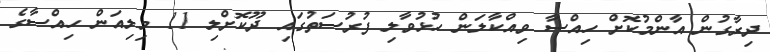
ދިރާގުން އާންމުކޮށް ހިއްސާ ވިއްކާލަން ހުޅުވާލި ފުރުސަތުގައި ދޫކޮށްލި 11 މިލިއަން ހިއްސާގެ